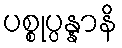
ပစ္စုပ္ပန္နာနိ